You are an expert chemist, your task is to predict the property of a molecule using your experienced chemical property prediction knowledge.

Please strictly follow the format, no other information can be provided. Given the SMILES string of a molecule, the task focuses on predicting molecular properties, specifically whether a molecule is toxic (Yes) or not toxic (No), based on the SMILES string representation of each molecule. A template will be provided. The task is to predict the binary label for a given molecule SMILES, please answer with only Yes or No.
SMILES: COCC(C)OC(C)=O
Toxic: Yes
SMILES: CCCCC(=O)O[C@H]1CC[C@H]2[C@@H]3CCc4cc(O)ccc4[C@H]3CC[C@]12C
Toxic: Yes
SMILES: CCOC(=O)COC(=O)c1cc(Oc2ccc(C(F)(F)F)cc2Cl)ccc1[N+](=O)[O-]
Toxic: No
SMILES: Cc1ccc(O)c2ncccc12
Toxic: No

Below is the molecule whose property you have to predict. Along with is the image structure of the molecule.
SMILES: CCCCCCI
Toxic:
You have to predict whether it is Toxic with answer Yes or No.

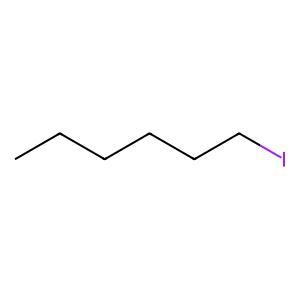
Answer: No